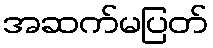
အဆက်မပြတ်